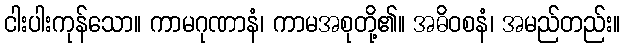
ငါးပါးကုန်သော။ ကာမဂုဏာနံ၊ ကာမအစုတို့၏။ အဓိဝစနံ၊ အမည်တည်း။